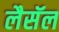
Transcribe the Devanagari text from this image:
लैसॅल